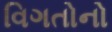
વિગતોનો